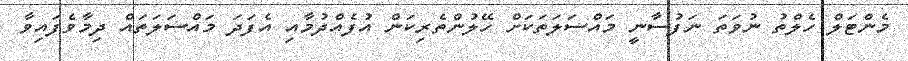
މެންޓަލް ހެލްތު ނުވަތަ ނަފުސާނީ މައްސަލަތަކަށް ހޭލުންތެރިކަން އުފެއްދުމާއި އެފަދަ މައްސަލަތައް ދިމާވެފައިވާ